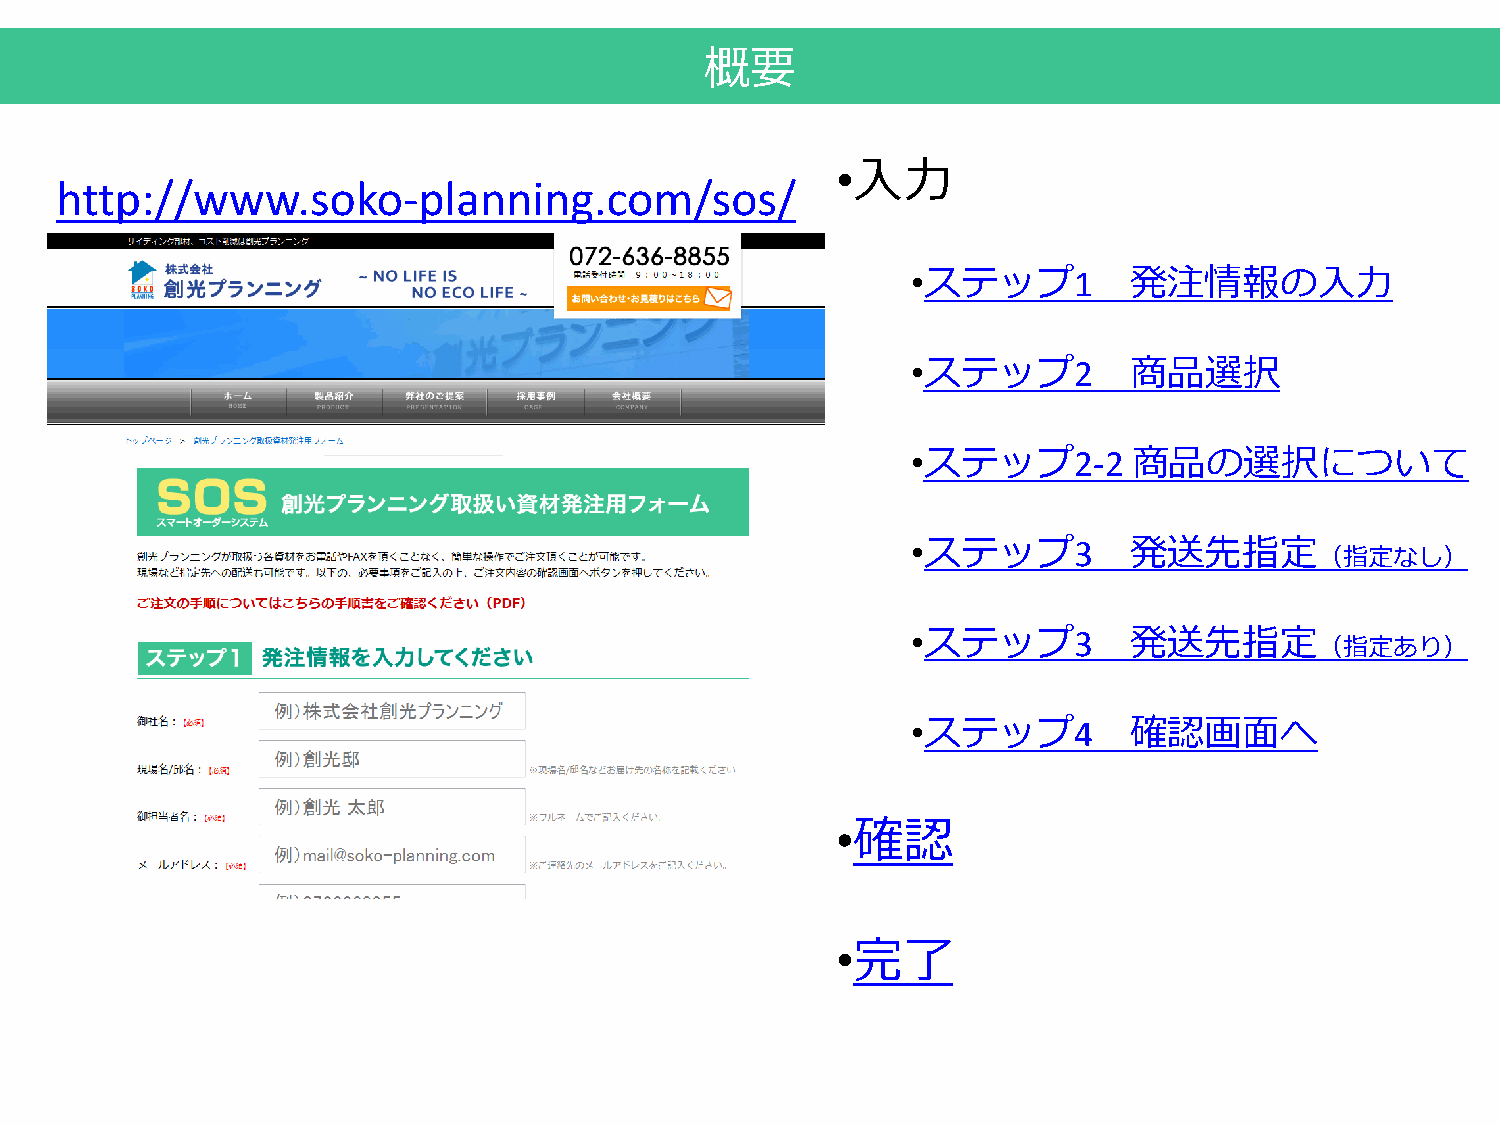
概要
 •入力
 http://www.soko-planning.com/sos/
 •ステップ1         発注情報の入力
 •ステップ2         商品選択
 •ステップ2-2       商品の選択について
 •ステップ3         発送先指定
 （指定なし）
 •ステップ3         発送先指定
 （指定あり）
 •ステップ4         確認画面へ
 •確認
 •完了